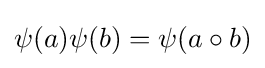
\psi (a)\psi (b)=\psi (a\circ b)